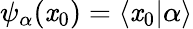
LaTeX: \psi_{\alpha}(\mathit{x}_{0})=\langle\mathit{x}_{0}|\alpha\rangle